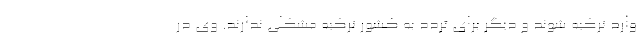
وارد ترکیه شوند و دیگر برای تردد به کشور ترکیه مشکلی ندارند. وی در